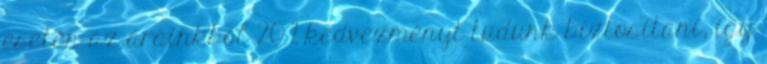
esetén az árainkból 20 % kedvezményt tudunk biztosítani, így